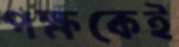
পক্ষকেই